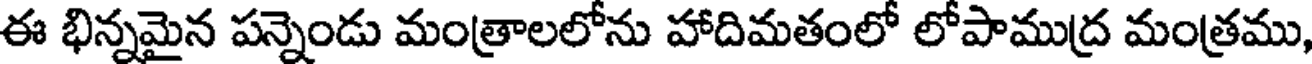
ఈ భిన్నమైన పన్నెండు మంత్రాలలోను హాదిమతంలో లోపాముద్ర మంత్రము,